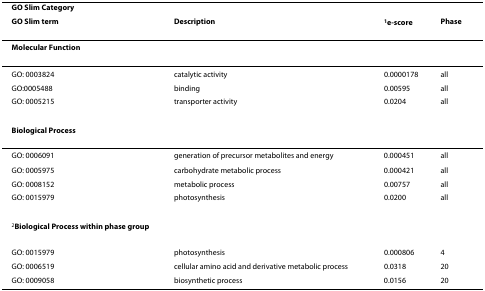
<table><thead><tr><td><b>GO Slim Category</b></td><td></td><td></td><td></td></tr><tr><td><b>GO Slim term</b></td><td><b>Description</b></td><td><b><sup>1</sup>e-score</b></td><td><b>Phase</b></td></tr></thead><tbody><tr><td><b>Molecular Function</b></td><td></td><td></td><td></td></tr><tr><td>GO: 0003824</td><td>catalytic activity</td><td>0.0000178</td><td>all</td></tr><tr><td>GO:0005488</td><td>binding</td><td>0.00595</td><td>all</td></tr><tr><td>GO: 0005215</td><td>transporter activity</td><td>0.0204</td><td>all</td></tr><tr><td><b>Biological Process</b></td><td></td><td></td><td></td></tr><tr><td>GO: 0006091</td><td>generation of precursor metabolites and energy</td><td>0.000451</td><td>all</td></tr><tr><td>GO: 0005975</td><td>carbohydrate metabolic process</td><td>0.000421</td><td>all</td></tr><tr><td>GO: 0008152</td><td>metabolic process</td><td>0.00757</td><td>all</td></tr><tr><td>GO: 0015979</td><td>photosynthesis</td><td>0.0200</td><td>all</td></tr><tr><td><sup>2</sup><b>Biological Process within phase group</b></td><td></td><td></td><td></td></tr><tr><td>GO: 0015979</td><td>photosynthesis</td><td>0.000806</td><td>4</td></tr><tr><td>GO: 0006519</td><td>cellular amino acid and derivative metabolic process</td><td>0.0318</td><td>20</td></tr><tr><td>GO: 0009058</td><td>biosynthetic process</td><td>0.0156</td><td>20</td></tr></tbody></table>